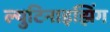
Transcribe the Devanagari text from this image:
ल्युटिनाइझिंग